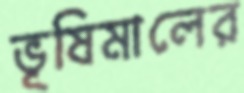
ভূষিমালের